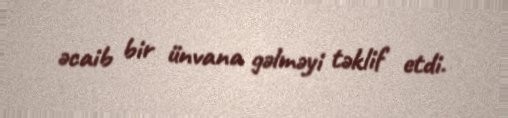
əcaib bir ünvana gəlməyi təklif etdi.